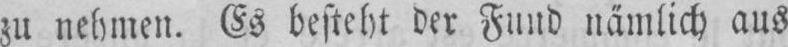
zu nehmen. Es besteht der Fund nämlich aus